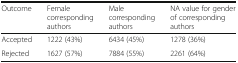
<table><thead><tr><td><b>Outcome</b></td><td><b>Female corresponding authors</b></td><td><b>Male corresponding authors</b></td><td><b>NA value for gender of corresponding authors</b></td></tr></thead><tbody><tr><td>Accepted</td><td>1222 (43%)</td><td>6434 (45%)</td><td>1278 (36%)</td></tr><tr><td>Rejected</td><td>1627 (57%)</td><td>7884 (55%)</td><td>2261 (64%)</td></tr></tbody></table>